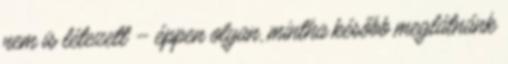
nem is létezett – éppen olyan, mintha később meglátnánk